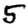
Digit: 5